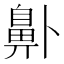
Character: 𱌑